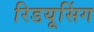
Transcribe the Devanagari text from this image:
रिडयूसिंग